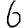
Digit: 6